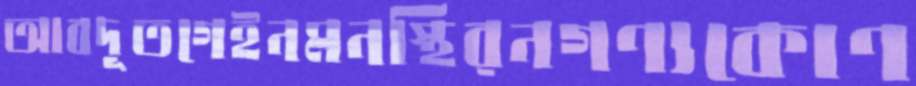
আবদূতগেইনমনস্থিরনগণ্যকোণ